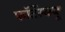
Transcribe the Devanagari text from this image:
फॉर्टेस्क्यू